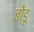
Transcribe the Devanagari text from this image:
बोंडू